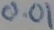
Text: 0.01